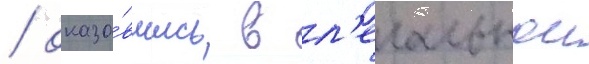
/ оказа́вшись в л'егальнои